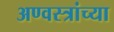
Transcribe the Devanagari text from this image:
अण्वस्त्रांच्या